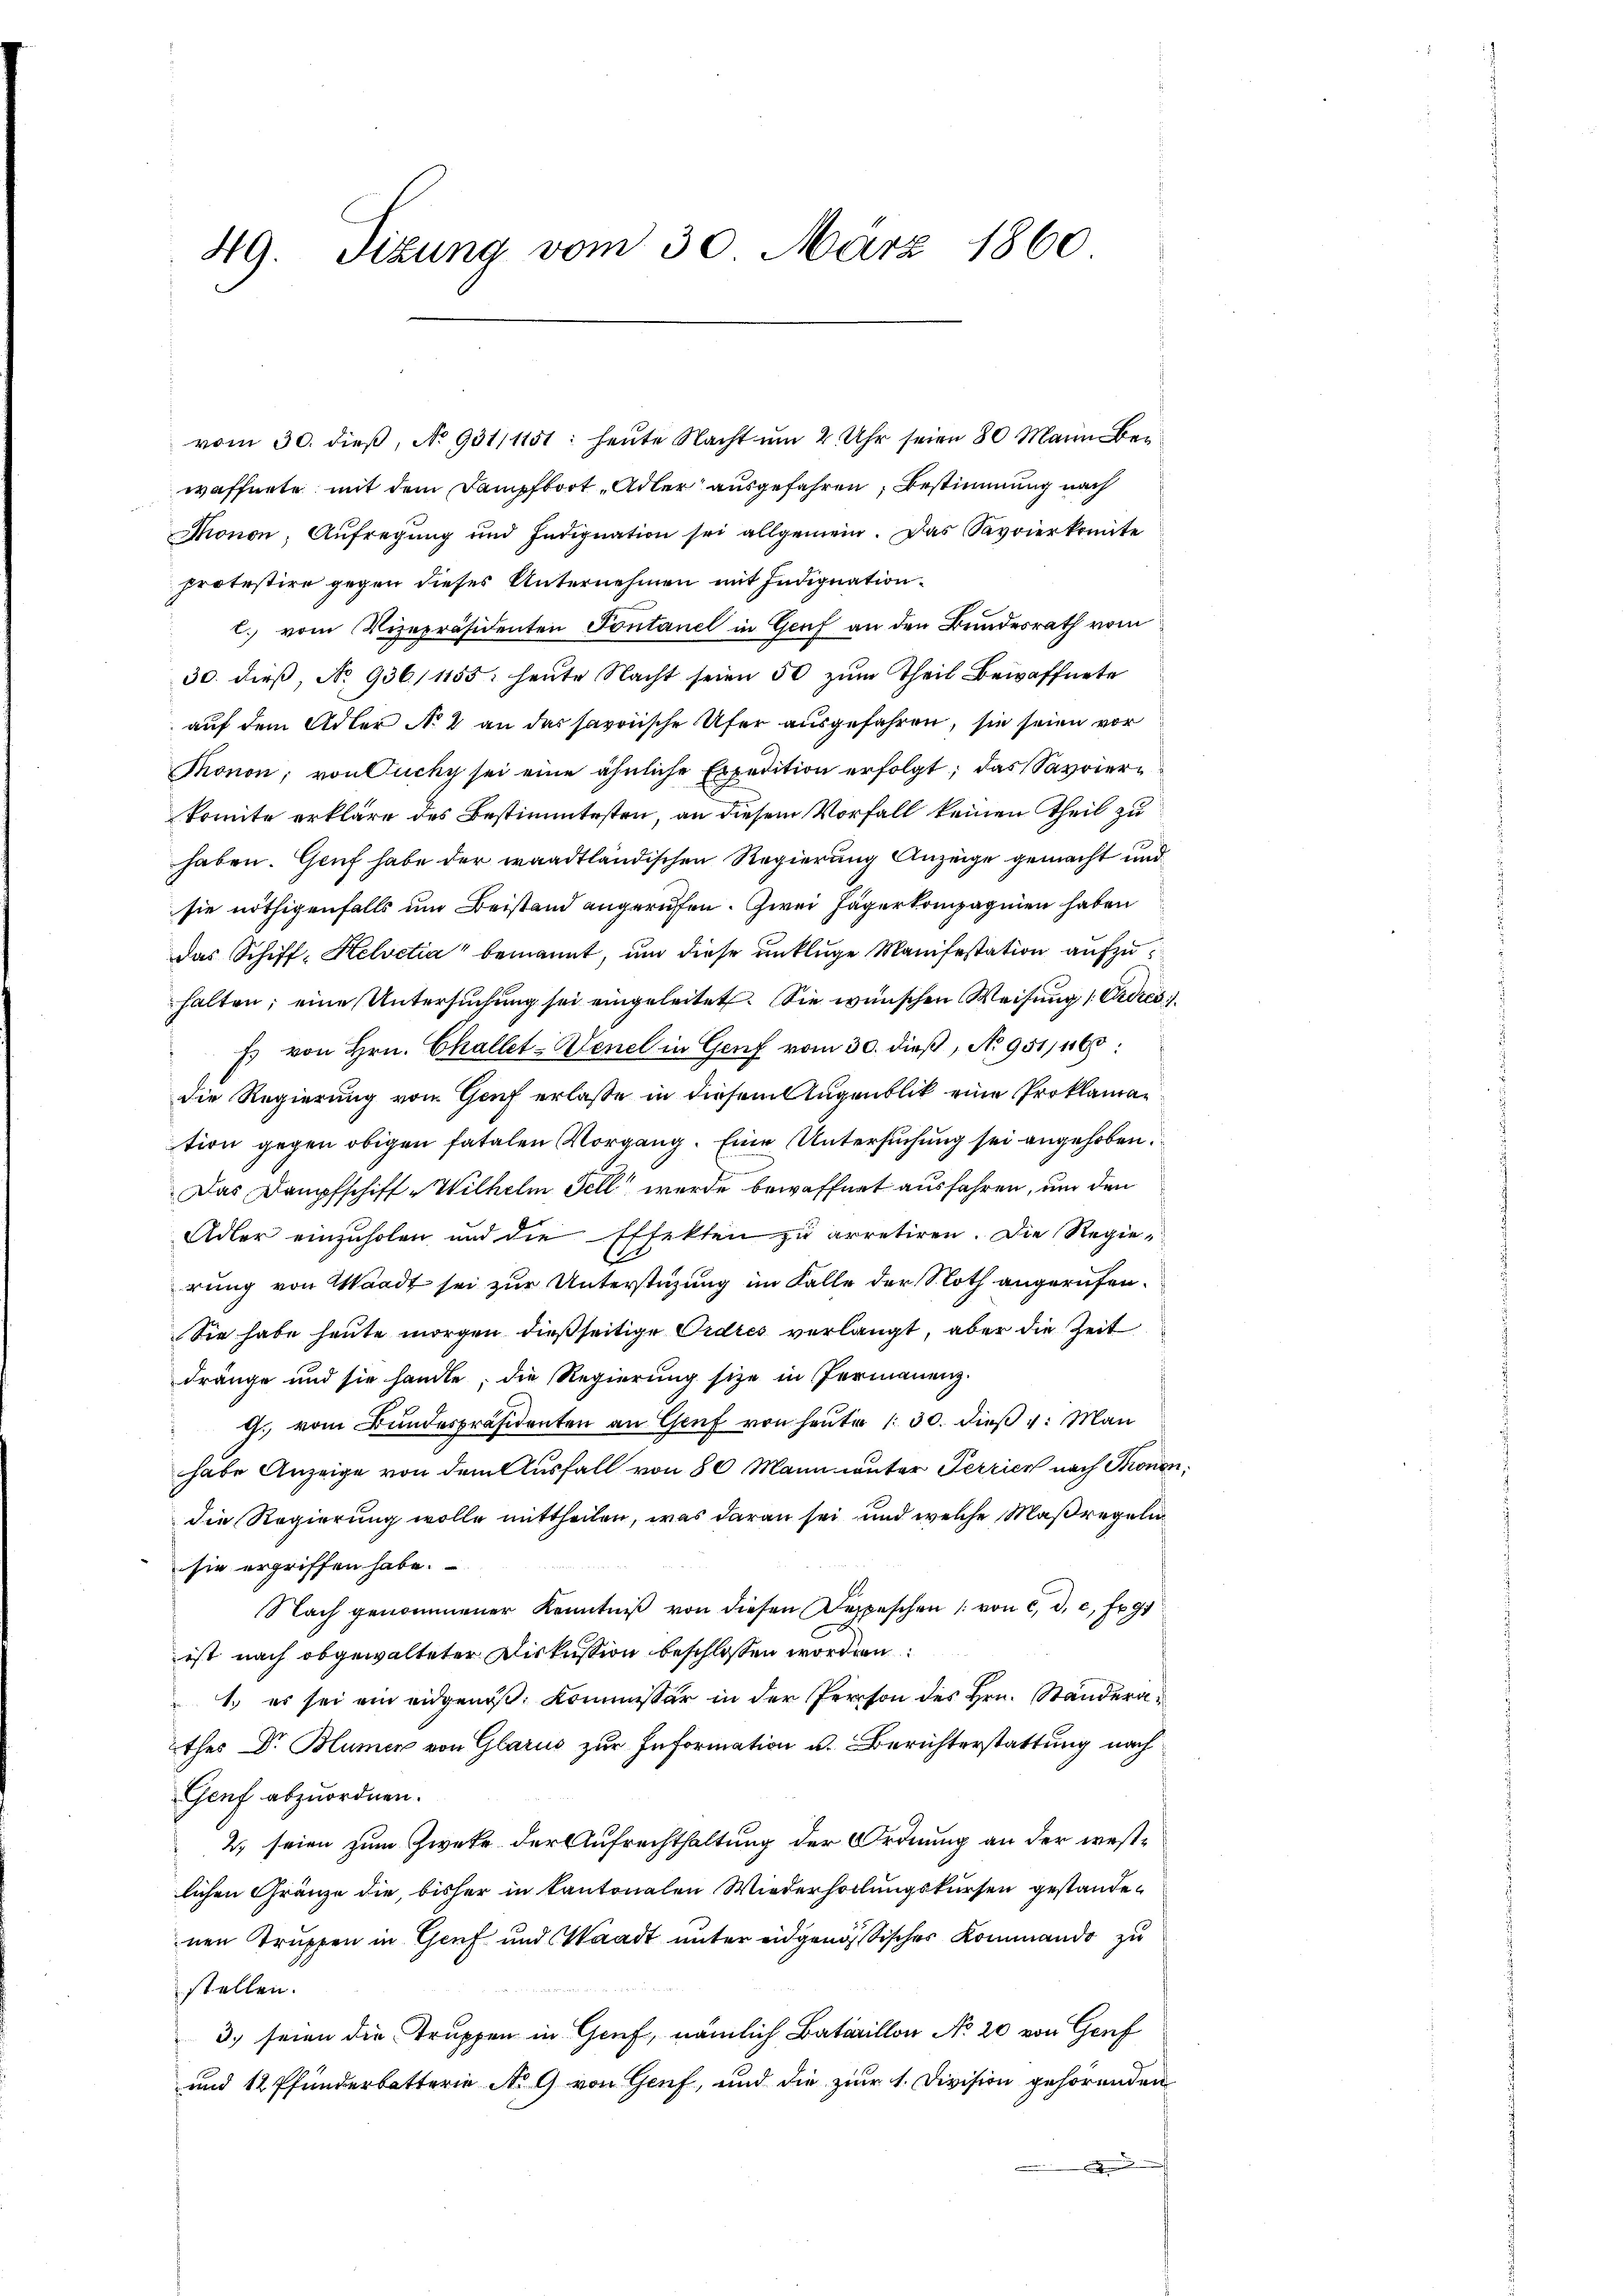
49. Sizung vom 30. März 1860

waffnete mit dem Dampfbort „Adler ausgefahren, Bestimmung nach
Monon; Aufregŭng und Indignation sei allgemein. Das Savoierkomite
protestire gegen dieses Unternehmen mit Indignationl. vom Vizepräsidenten Sontanel in Genf an den Bundesrath vom
30. dieß, No 936/1155: heute Nacht seien 50 zum Theil Bewaffnete
auf dem Adler No 1 an das savoische Ufer ausgefahren, sie seien vor
Thronon; von Puchy sei eine ähnliche Expedition erfolgt; das Savoierkomite erkläre des Bestimmtesten, an diesem Vorfall keinen Theil zu
haben. Genf habe der waadtländischen Regierung Anzeige gemacht und
sie nöthigenfalls um Beistand angerufen. Zwei Jägerkompagnien haben
das Schiff-Helvetia" benannt, um diese unkluge Manifestation aufzuhalten; eine Untersuchung sei eingeleitet. Sie wünschen Weisung 1 Ordres
s von Hrn. Challet-Denel in Genf vom 30. dieß, No 951/160:
die Regierung von Genf erlasse in diesem Augenblik eine Proklaman
tion gegen obigen fatalen Vorgang. Eine Untersuchung sei angehoben.
Das Dampfschiff Wilhelm Fell wurde bewaffnet ausfahren, um den
Adler einzuholen und die Effekten zu arretiren. Die Regierung von Waadt sei zur Unterstüzung im Falle der Noth angerufen.
Sie habe heute morgen dießseitige Ordres verlangt, aber die Zeit
dränge und sie handle, die Regierung sie in Permanenz.
g. vom Bundespräsidenten an Genf von heuter 1. 30. dieß v: Man
habe Anzeige von dem Ausfall von 80 Mann unter Perrier nach Thronen,
die Regierung wolle mittheilen, was daran sei und welche Maßregeln
sie ergriffen habe.
Nach genommener Kenntniß von diesen Depeschen (von c. d. c. fr. 91
ist nach obgewalteter Diskussion beschlossen worden.
1. es sei ein eidgenoß, Kommissär in der Person des Hrn. Ständerathes Dr. Blümer von Glarus zur Information u. Berichterstattung nach
Genf abzuordnen.
2) seien zum Zweke der Aufrechthaltung der Ordnung an der westlichen Gränze die, bisher in kantonalen Wiederholungskursen gestandenen Truppen in Genf und Waadt unter eidgenößisches Kommando zu
stellen.
3.) seien die Truppen in Genf, nämlich Bataillon No 20 von Genf
und 12 Pfunderbatterie No 9 von Genf, und die zur 1. Division gehörenden
.

vom 30. dieß, No 931/1151: heute Nacht um 2. Uhr seien 80 Mann Bei¬